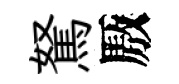
駑厫